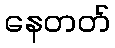
နေတတ်